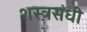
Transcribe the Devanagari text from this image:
शस्त्रसंधी